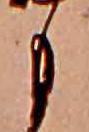
も